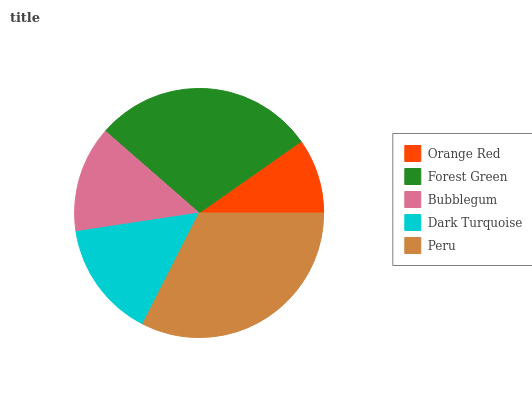
| Orange Red | Forest Green | Bubblegum | Dark Turquoise | Peru |
 | --- | --- | --- | --- | --- |
 | 9.75% | 28.8% | 13.8% | 15.1% | 32.5% |